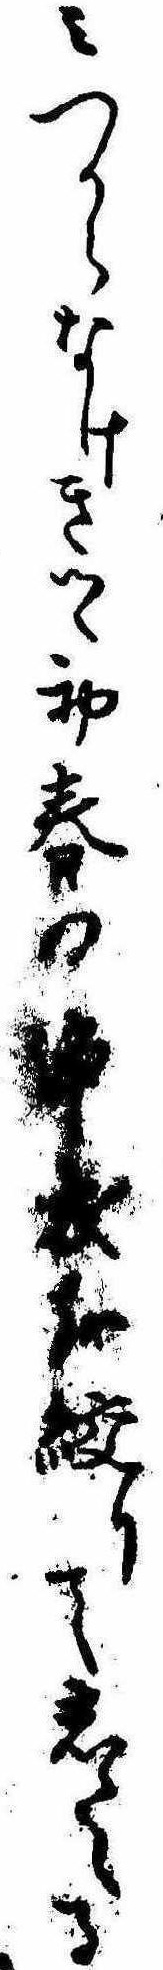
みつからなけきつゝ初春の浄衣を絞りてしたゝる